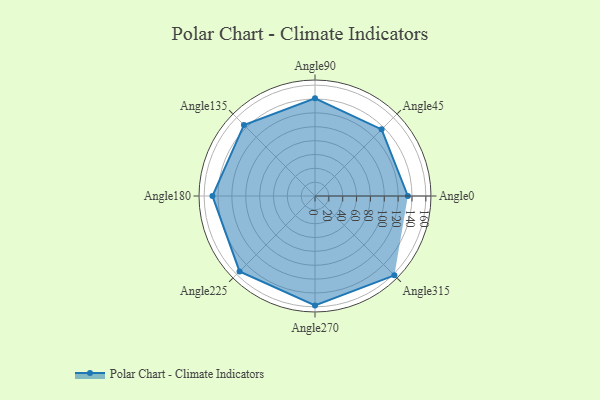
{"axis": {"x": "Angle", "y": "Radius"}, "legend": [""], "data": [{"x": "Angle0", "y": 134.0, "type": ""}, {"x": "Angle45", "y": 136.0, "type": ""}, {"x": "Angle90", "y": 141.0, "type": ""}, {"x": "Angle135", "y": 145.0, "type": ""}, {"x": "Angle180", "y": 148.0, "type": ""}, {"x": "Angle225", "y": 154.0, "type": ""}, {"x": "Angle270", "y": 158.0, "type": ""}, {"x": "Angle315", "y": 162.0, "type": ""}]}